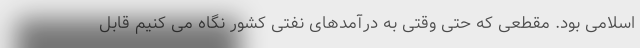
اسلامی بود. مقطعی که حتی وقتی به درآمدهای نفتی کشور نگاه می کنیم قابل